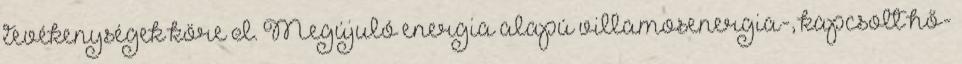
tevékenységek köre I. Megújuló energia alapú villamosenergia-, kapcsolt hő-